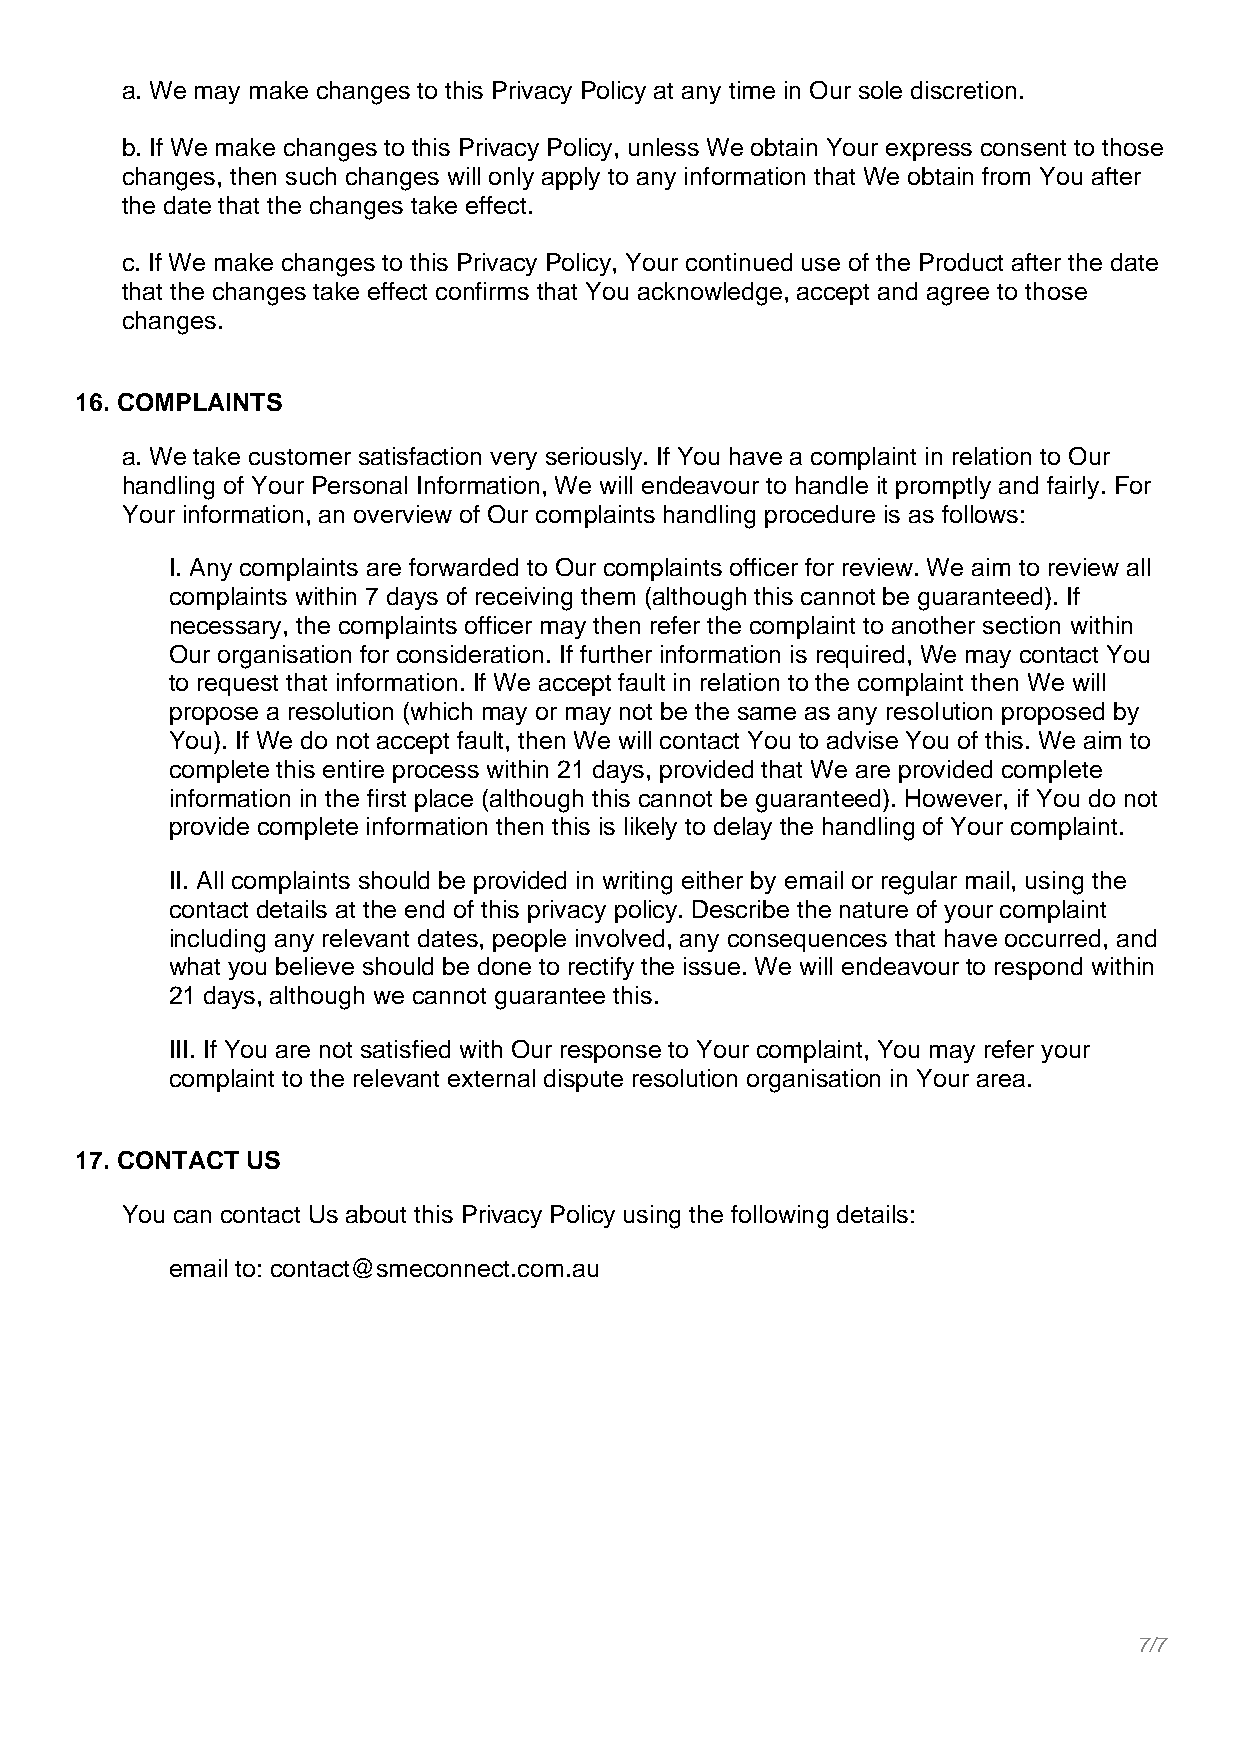
a. We may make changes to this Privacy Policy at any time in Our sole discretion.
 b. If We make changes to this Privacy Policy, unless We obtain Your express consent to those
 changes, then such changes will only apply to any information that We obtain from You after
 the date that the changes take effect.
 c. If We make changes to this Privacy Policy, Your continued use of the Product after the date
 that the changes take effect confirms that You acknowledge, accept and agree to those
 changes.
 16. COMPLAINTS
 a. We take customer satisfaction very seriously. If You have a complaint in relation to Our
 handling of Your Personal Information, We will endeavour to handle it promptly and fairly. For
 Your information, an overview of Our complaints handling procedure is as follows:
 I. Any complaints are forwarded to Our complaints officer for review. We aim to review all
 complaints within 7 days of receiving them (although this cannot be guaranteed). If
 necessary, the complaints officer may then refer the complaint to another section within
 Our organisation for consideration. If further information is required, We may contact You
 to request that information. If We accept fault in relation to the complaint then We will
 propose a resolution (which may or may not be the same as any resolution proposed by
 You). If We do not accept fault, then We will contact You to advise You of this. We aim to
 complete this entire process within 21 days, provided that We are provided complete
 information in the first place (although this cannot be guaranteed). However, if You do not
 provide complete information then this is likely to delay the handling of Your complaint.
 II. All complaints should be provided in writing either by email or regular mail, using the
 contact details at the end of this privacy policy. Describe the nature of your complaint
 including any relevant dates, people involved, any consequences that have occurred, and
 what you believe should be done to rectify the issue. We will endeavour to respond within
 21 days, although we cannot guarantee this.
 III. If You are not satisfied with Our response to Your complaint, You may refer your
 complaint to the relevant external dispute resolution organisation in Your area.
 17. CONTACT US
 You can contact Us about this Privacy Policy using the following details:
 email to: contact@smeconnect.com.au
 7/7